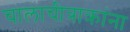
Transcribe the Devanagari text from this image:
चालाचीत्राक्रांना